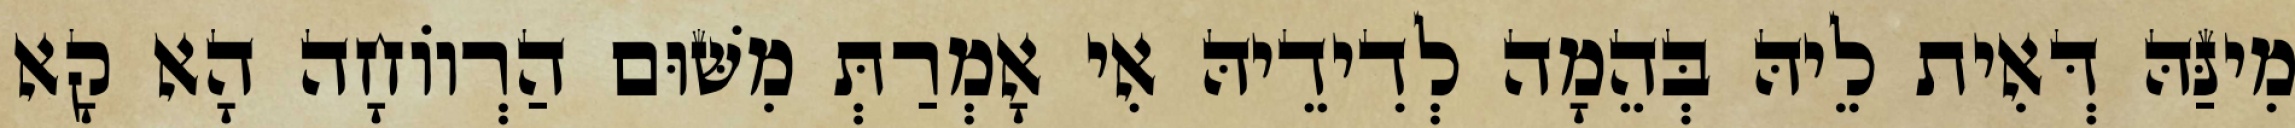
מִינַּהּ דְּאִית לֵיהּ בְּהֵמָה לְדִידֵיהּ אִי אָמְרַתְּ מִשּׁוּם הַרְווֹחָה הָא קָא